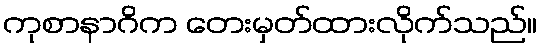
ကုစာနာဂိက တေးမှတ်ထားလိုက်သည်။